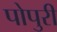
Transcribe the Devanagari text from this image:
पोपुरी